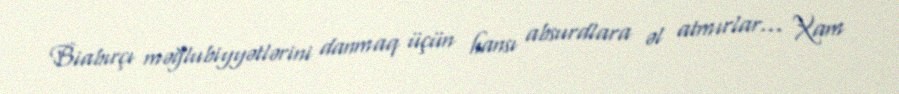
Biabırçı məğlubiyyətlərini danmaq üçün hansı absurdlara əl atmırlar... Xam